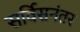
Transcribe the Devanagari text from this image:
सर्विसनंतर